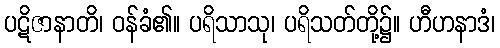
ပဋိဇာနာတိ၊ ဝန်ခံ၏။ ပရိသာသု၊ ပရိသတ်တို့၌။ ဟီဟနာဒံ၊